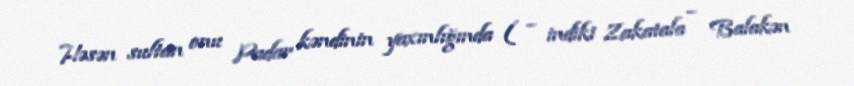
Həsən sultan onu Padar kəndinin yaxınlığında ( – indiki Zakatala – Balakən